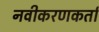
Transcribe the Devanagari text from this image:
नवीकरणकर्ता